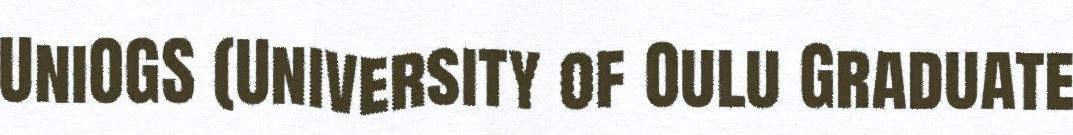
UniOGS (University of Oulu Graduate